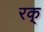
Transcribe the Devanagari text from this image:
रक्